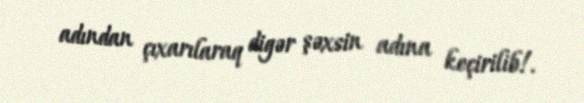
adından çıxarılaraq digər şəxsin adına keçirilib!.